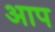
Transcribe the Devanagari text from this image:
अाप